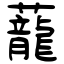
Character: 蘢